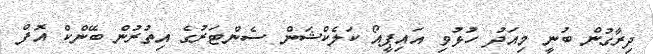
ދިރާގުން ބުނީ މިއަދު ހުޅުވި އައިޕީއޯ ކަލެކްޝަން ސެންޓަރުގެ އިތުރުން ބޭންކް އޮފް